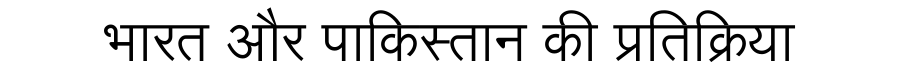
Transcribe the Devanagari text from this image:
भारत और पाकिस्तान की प्रतिक्रिया